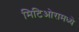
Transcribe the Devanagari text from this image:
मिटिओरामध्ये